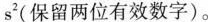
s^{2}(保留两位有效数字)。